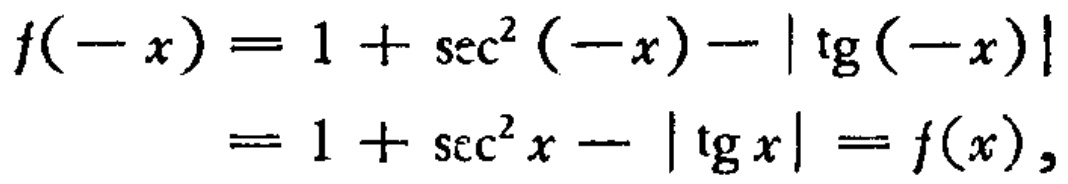
\[

\begin{align*}

f(-x)&=1 + \sec^{2}(-x)-|\tg(-x)|\\

&=1+\sec^{2}x - |\tg x|=f(x),

\end{align*}

\]